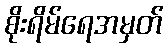
စိုးရိမ်ရေအမှတ်